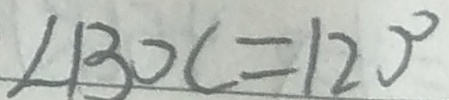
\angle B O C = 1 2 0 ^ { \circ }